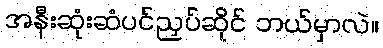
အနီးဆုံးဆံပင်ညှပ်ဆိုင် ဘယ်မှာလဲ။